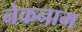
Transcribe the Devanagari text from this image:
नेकनाम